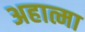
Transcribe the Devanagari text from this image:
अहात्मा